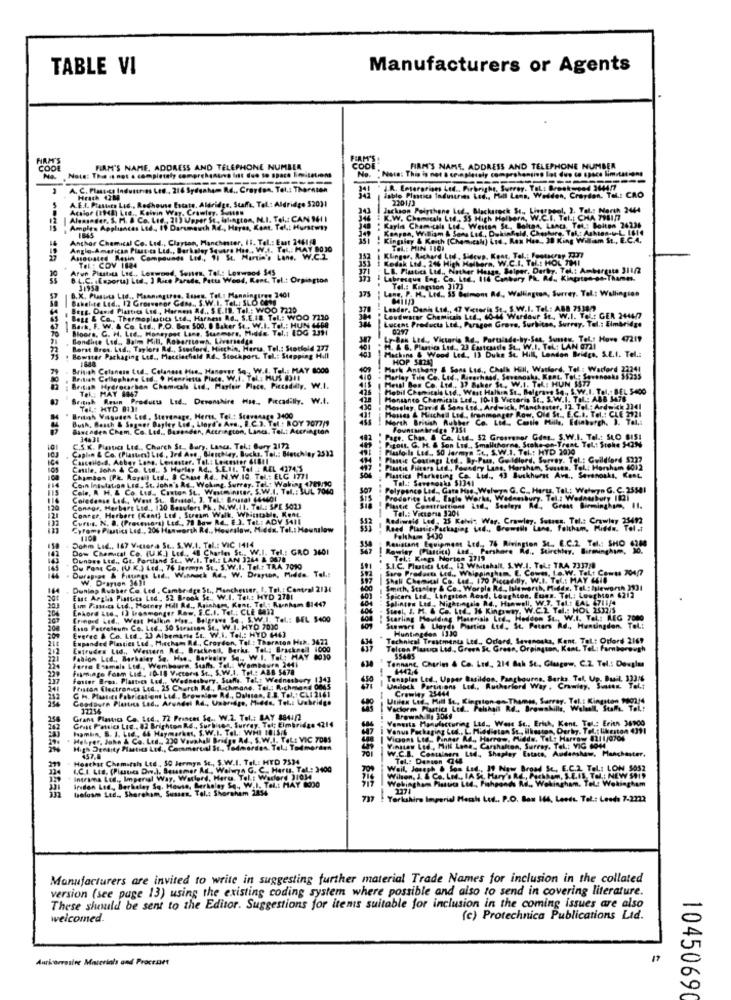
TABLE VI
Manufacturers or Agents
CODE
Note: This is not a completely comprehenuna litt due to space In.tations
FIRM'S NAME, ADDRESS AND TELEPHONE NUMBLA
COD
FIRM'S NAME, ADDRESS AND TELEPHONE NUMBER
ensino lot dus co space limitations
No. " Note: This is not a GPVAM
---
A. C. Plastics Industries Les, 216 Sydsakem Rd ., Croydon, Tel .: Thorsten
J.R. Enterprises Ltd .. Pirbright, S.
.r. TaL: Brookwood 3644/7
A.E.I. Plastics Ltd ., Redhouse Estate, Aldridge, Staffa, Tel .: Aldridge 520)1
Hrath 42M
lablo Plastica Industries Led ., Phill Lans, Weilden, Croydon. Tel .: CAO
2201/3
Acalo
Acalor (1948) Ltd ., Kelvin Way. Crawley, Susaw
Jackson Polythene Led-
(pool, ). Tel .: North 2444
Aleaseder, S. M. & Co. Lig , 21) Upper Sc, islington, N.I. Tel .: CAN 941 1
K.W. Chemicals Ltd .. 55 High Holborn, W.C.I. Tel .: CHA 791177
Amples Appliances Ltd ., 19 Darumauth Ad ., Hayas, Kent, Tel .: Hurstw1)
: Karla
" Kaylıs Chemicals Lid. Weston Se, Boltan, Lancs Tel .: Bolton 24236
Kenyan, William & Sons Led ., Dukinhold, Cheshire, Tal .: Ashton-y-L. 141
Anthar Chemical Co. Lud ., Clayton, Manchester, 11. Tel .: East 2461 8
1845
Kingsley & Keith (Chemical) Lsd, Rex Han, 38 King William St ., E.C.A.
Anglo-American Plastics Ltd ., Berkeley Square Has , W.I. Tel .: MAY 8030
TEL .: MIN 1101
Asausted Rusin Compounds Led ., 11 St. Martin's Lone. W.C.Z
Kodak Ltd ., 246 High Holly
Klinger, Richard Lad , Sideup, Kent, Tal .: Footscray 737
w. W.C.I. Tel .: HOL TH1
Arun Plustits Lad ., Lorwond, Senten, Tel .: Lowwood $45
Tel .: CDV 1824
LB. Plastics Ltd ., Risther Haags, Selger, Derby. Tel .: Ambareste 311/2
B.L.C. ((sport) Ltd ., ) Rice Parade, Patus Wood, Kent. Tel .: Orpington
Labrecque Fog. Co. Ltd ., 114 Cantary Ph. R.d. Kinpates-se-Thame
31958
Lane, P. H. Ltd ., 55 Belmont Rd ., Wallington, Surrey. Tel .: Wallington
Tel .: Kingston 3173
Bakelite Led ., 12 Grosvenor Gass ., S.W.I. Tel .: SLO Cet
B. K. Plastics Ltd ., Manningurge, Tusen, Tel .: Manningtres 3401
Bert. David Plastres Lad, Harness 84 .. $.E.IB. Tel .: WOO 7220
Lesder, Danh Ltd ., 47 Veterin St. S. W.I. Tel .: ABD 7538 7
Bage & Co ., Thermoplutics Ltd ., Harness Rd ., S.E.IS. Tel .: WOO 7120
Loudwarer Chemicals Ltd ., 60-44 Wardaue St ., W.I. Toll: GER 244477
Lucent Products Ltdl ., Paragon Grove, Surbiton, Surrey, Tel .: Elmbridge
Boors, G. H. Ltd ., Honeypot Lane, Summers, Plaide, Tel .: IDG 2391
Ce E ., P.O. Box 500. 8 Baker St . W.I. Tel .: HUN SER
-------
0297
Bondige Lad ., Sal Mill. Roberttown, Liverseda
---
Lr-Bak Led ., Victoria Rd, Portalade-by-Saa, Somew. Tel .: Hove 47219
Borst Bros. Ltd ., Taylors Rd ., Ssosford, Hiechin, Haru Tel .: Stotfeld 177
H. .. Plumtic Ltd ., 23 Eastcandle St ., W.I. Tel .: LAN 0721
Machine & Wood Led, 13 Duke Se Hill, London Bridge, S.E.I. Tel .:
. Bowster Packaging Lce ., Macclesfield Rd ., Stockpors. Tel .: Stapping H.Il
HOP SEN
British Celanein Lud .. Celanase His. Hanover So .. W.I. Tel .: MAY 8000
Hark Anthony & Sons Ltd ., Chalk Hill, Watford, Tel .: Warford 22241
British Cellophane Led .. $ Henrietta Place. W.I. Tel .: MUS 8311
Parlay Tile Co. Ltd ., Riverhand, Sevenoaks, Kant, Tel .: Sevenoaks 55235
Meist Bos Co. Ltd ., 37 Baker Se, W.I. Tel .: HUN 1577
British Hydrocarbon Chemicals Lud ., Playfair Place, Piccadilly. W.I.
Tel .: MAY 1047
Mobil Chemicalo Ltd ., West Halkın St ., Belgrave Sq ., S. W.I. Tel .: BEL S400
British Roun Products Ltd ., Devonshire Hie ., Piccadilly. W.I.
Monsanto Chemicals Led ., 10-18 Victoria St ., S.W.I. Tal .: ABB 3478
Tel .: HYD 8131
Moreley, David & Sons Ltd ., Ardwick, Manchester, 17. Tel .: Ardwick 3341
British Visguden Led, Sterenage, Heres, Tel .: Scavenago 3400
Bush, Beach & Sogser Bayley Lid, Lloyd's Avs ., B.C.3. Tel .: ROY 7077/9
Houses & Muschel Ltd ., franmonger Row, Old St ., E.C.A. Tel .: CLE 2921
Marth British Rubber Co. Ltd ., Contie Mille, Edinburgh, ), Tel .:
Bancaden Chem. Co. Ltd ., Basenden, Accrington, Lancs, Tel .: Accrington
34431
Pizost. G. H. & Son Lad ., Smallthorne, Stoke-on-Trent Tel: Stoke HIM
. 52 Greaveser Gens ., S.W.I. Tel .: SLO BISI
Caplan & Co. (Plaster) LIC ., Ird Ave, Bletchley, Bucks, Tel .: Bletchley 2533
C.S.K. Plastics Ltd ., Charch St_ Bury, Lanes. Tel .: Bury 3172
Plusfoils Led .. SO Jermyn "t. S.W.1. Tel .: HYD 29)0
Cancello.d. Aoboy Lane, Lenester. Tol .: Leicester 618 !!
Planie Coatings Led, By-Pass, Guildlord. Sorry. Tel .: Guildford $222
Cattle, John & Co. Ltd. S Hurley A.d ., S.E.II. Tel : REL 42745
Plastic Filters Led ., Foundry Laas, Harsh
Harshun, Sussen. Tel .: Horsham 6012
100
Chambon [P&. Rayail Led ., 3 Chise A4 ., N.W.IQ. Tel .: ELC 1771
Coin Insulation Led, St. John's As ., Woking, Surrey, Tel .: Waking 471/80
Plastica Marketing Ca. Led ., 43 Suckhurse Avs ., Sevenoaks, Kent,
Tel .: Sevenoaks 51341
Cole, A H. & Co. Ltd ., Caxton St. Westminster, S.W.I. Tel .: SUL 7060
Polyponce Led ., Gata Hae ., Welwyn G. C ., Heru, Tel: Welwyn G. C. 25501
Coledanse Lad ., West St ., Animal, 3. Tel .: Brusel 644401
Prodorite Ltd ., Eagle Works, Wedansbyg . T
Tel .: Wednesbury 1121
Connor, Herbert Ltd ., 120 Beaufort Ph ., N.W.II. TOL: SPE 5023
Conrge, Herbert (Kent) Ltd , Stream Walk, Whipscabls, Kent
Tel .: Victoria 3204
Plastic Constructions Ind ., Seeleys Rd ., Great Birmingham, 11.
Curus. N. O. (Prosonora) Ltd ., 78 Bow Rd ., E.3. Tet .: ADV 5411
Rediweid Led, 25 Kelvin War. Crawley, Satses. Tel .: Crawley 25692
Cyrome Piutics Leg ., 20% Hanworth Rd ., Houeslaw, Midex. Tel .: Hounslow
Reed Plastic-Packaging Led ., Browash Lane, Feltham, Piden. Tol st
Dohm Lid ., 167 Victora St ., S.W.I. Tel .: VIC 1414
1108
Resistant Equipment Led ., 76 Rivington St. C.C.2 Tel .: SHO 6388
Folke= $430
Dow Chemical Co. (U.K.) Lud ., 48 Charles St ., W.I. Tel .: GRO 3601
Rowley (Plastics) And Parshore Rd ., Stirchley, Birmingham, 30.
Dungss Ltd ., Gt. Portland St. W.I. Tel .: LAN 3264 & 3678
Tel .: Kings Norton 2719
Du Pont Co. (U.K.) Led ., 76 Jermyn SE, S.W.I. Tel.t TRA 7010
Durapone & Fiaungs Lid ., Winnuck Rd. W. Drayton, Medida. Tel .:
S.I.C. Plutits Led ., 12 Whitshall, S.W.I. ToL: TRA 7317/8
Sure Products Ltd ., Whippingham, E. Cowm, L.a.W. ToLt Comes 704/7
144
V. Drayton 3631
Shall Chemical Co. Lad ., 170 Piccadilly. W.I. Tel .: MAY 46IN
Dunlap Rubber Co. Led , Cambridge St ., Manchester, I. Tel. : Contral 2131
Smith, Stanley & Co ., Worpla Rd .. Isitworth, MI-dds, Tel. : Isleworth 3931
Spicers Led .. Langston Road, Lowghton. Euses. Tel .: Loughton 4212
Euse Arglis Plastics Led, 52 Brook St ., W.I. Tek: HYD 7781
fim Fimeccs Lid ., Mooney Hodl Rd ., Rainhary, Kont, Tal. : Ramnham 81447
Splincon Lad ., Nightingale R.d ., Hanwell, W.7. Talt EAL 711/4
Epkord Las, I) irasmonger Raw, E.C.I. TEL .: CLE 1032
- Steel, I. M. & Co. Ltd ., If Kingsway, W.C.2. Tal .: HOL 2532/5
204
fringed Ltd ., West Halkın Han .. Belgrave Se , S.W.I. Tel .: BEL 5400
Starling Moulding Paserials Led ., Haddon St ., W.I. Tel .: MEG 7080
Everen & Co. Ltd. 23 Albemarle ft ., W.I. Tel .: HYD 1443
Esso Potreteum Co. Lad . 30 Strassen Sc ., W.I. HYD 2010
Sunwars & Lloyds Parties Led, St. Peters Ad ., Huntingdon. Tel .:
Huntingdon 1330
Expanded Plastics Led ., Miacham Rd ., Croydon, Tel .: Theracon Hek. 3477
Technical Treatments Led ., Orfard, Savanoska, Kant. Tel: Orford 2167
Entrudes Lid ., Western Rd ., Bracknell, Berks Tel .: Bracknell
Telcon Plastica Led ., Green St. Green, Orpington, Kent. Tel: Farnborough
$5485
est. Tel: Farnborough
Fahion Led ., Barhaler Sq. Han .. Berkeley Se ., W.I. Tel: HAY 8030
Forra Enamels Ltd ., Wemisure, Staff. Tel .: Wombeure 2441
Tannane, Churim & Co. Ltd ., 214 Bah Sc ., Glasgow. C.Z. Tel .: Douglas
Fiamingo Foam Lid. ID-18 Victors St ., S.W.I. Tel .: ABB 5678
1442-4
Foster Bros. Plastics Led ., Wednesbury, Suaffs. Taht Wednesbury (34]
Tonsplas Led ., Upper Basildon, Pangbourne, Barks. Tel. Up. Buil. 33316
Priston Electronics Led ., 25 Church R4 ., Richmond, Tel .: Richman4 0045
Gh. Plastics Fabricationt Ltd ., Browalow Rd ., Dalutan, E.B. Tol, : CLI 2161
Unilock Partitions Led ., Rutherford Way , Crawley, Sumos, Tel .:
Crowley 25444
GoodDura Plastns Lad .. Arundel Rd ., Umbridge, Midde, Tel .: Uabridge
Utiles Led, Mill Io, Kingstongs-Thames, Surrey, Tel .: Kingston 9003/4
37254
Vaclorm Plastics Ltd ., Falshals Rd ., Browskille, Walsall, Staff. Tel .:
Gross Panics Lrc ., 82 Brighton Rd ., Surbisan, Surrey. Tel: Elmbridge 4214
brans Plastics Ca. Led .. 72 Princes Se ., W.2. Tel .: BAY 8841/2
Vanesta Manufacturing Lid .. Were Sc ., Erich, Kent. Tel .: Erith 38900
Brownh-Hp 3068
Pamin, S. 1. Ltd .,, 66 Haymarket, S. W.I. Tel .: WHI 1015/6
Venus Packaging Led ., L. Miedistan St ., Ihostes, Derky. Tel .: likeston 4391
Helper, John & Co. Led .. 220 Vauxhall Bridge Ad , S.W.I. TaL: VIC 7085
-------
Vicons Ltd ., Pinnar Ad ., Harrow, Pieds. Tel .: Harrow 8211/0704
High Density Plastics Ltd ., Commercial St ., Todmorden. Tel .: Tadmorden
Vinatas Led ., Mill Lane, Carshalten, Surray. Tel .: VIG 6040
W.C.L. Costaleers Ltd ., Shaplay Estaco, Audanskew, Manchester.
Hoachsr Chemstahs Led ., 50 Jermyn Sc ., S.W.I. Tel .: HED 7534
457.8
Tel .: Denson Q4
4,C.I. LIS. (Plasties Dwe.). Seusemer Ad ., Walwyn G. C. Herus, Tel .: 3400
Weil, Joseph & Son Lad ., 11 Now Broad Sc, E.C.2. Tel: LOM 5032
Irtlen Led ., Berkeley Sq. House, Berkeley Sq ., W.I. Tel .: HAY 8000
Intramna Led ., Imperial Way, Warlord, Here. Tel .: Warlord 3/034
Webingham Plastics Ltd ., Fishponds Rd ., Wellingham. Tel .: Wokingham
Co. LMf ., IA St. Mary's RE, Packkom, S.E.IS, Tel .: NEW 5016
hofosm Ltd ., Shoreham, Sussex, Talt Shoreham 2854
Yorkshire Imperial Hersh Led. P.O. Box 166, Leeds. Tel .: Leeds 7-2222
Manufacturers are invited to write in suggesting further material Trade Names for inclusion in the collated
version (see page 13) using the existing coding system where possible and also to send in covering literature.
These should be sent to the Editor. Suggestions for itenis suitable for inclusion in the coming issues are also
welcomed.
(c) Protechnica Publications Lid.
Auricorresive Materials and Processes
17
10450690